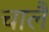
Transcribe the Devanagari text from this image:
चालै